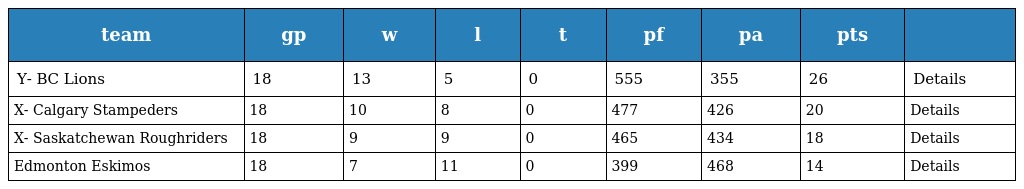
| team | gp | w | l | t | pf | pa | pts |  |
 | --- | --- | --- | --- | --- | --- | --- | --- | --- |
 | Y- BC Lions | 18 | 13 | 5 | 0 | 555 | 355 | 26 | Details |
 | X- Calgary Stampeders | 18 | 10 | 8 | 0 | 477 | 426 | 20 | Details |
 | X- Saskatchewan Roughriders | 18 | 9 | 9 | 0 | 465 | 434 | 18 | Details |
 | Edmonton Eskimos | 18 | 7 | 11 | 0 | 399 | 468 | 14 | Details |